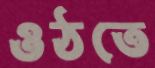
ওঠতে